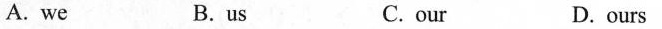
A. we B.us C. our D.ours